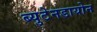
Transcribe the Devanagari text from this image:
ब्युटेनडायोन